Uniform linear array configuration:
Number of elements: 8
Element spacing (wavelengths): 0.75
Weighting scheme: binomial
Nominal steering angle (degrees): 0
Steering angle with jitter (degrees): -1.656
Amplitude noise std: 0.05
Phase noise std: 0.05

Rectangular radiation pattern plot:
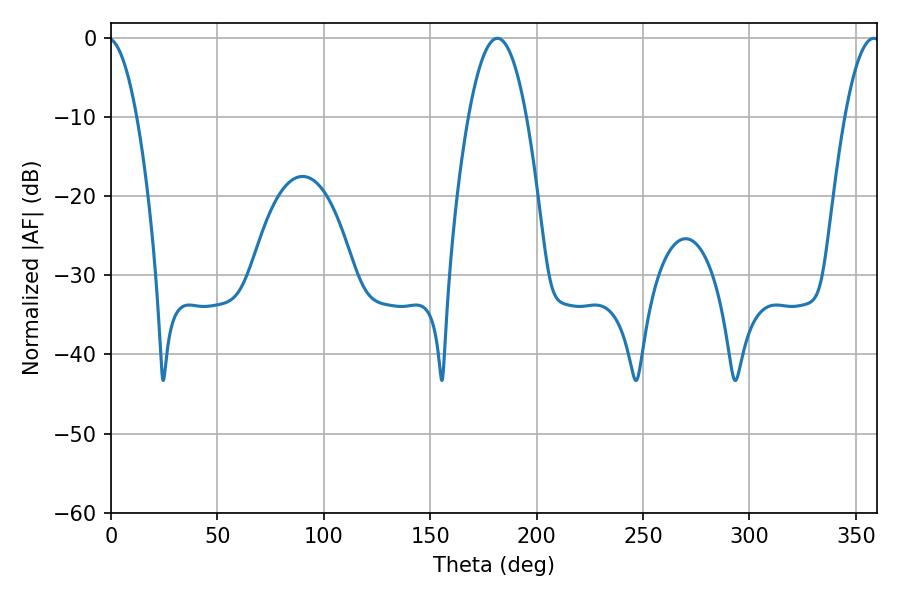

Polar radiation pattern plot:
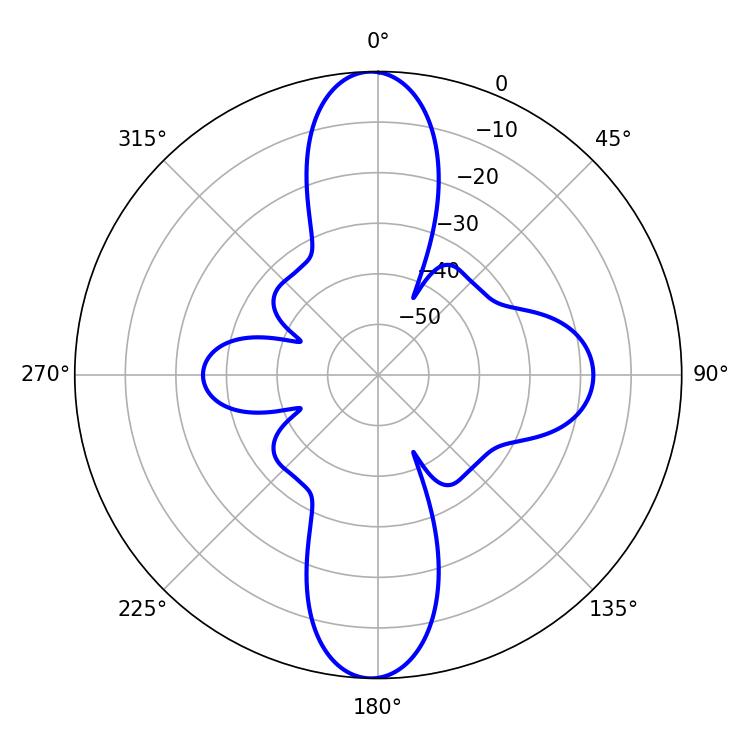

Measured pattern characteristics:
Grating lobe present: TRUE
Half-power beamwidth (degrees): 14.94
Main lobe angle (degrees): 181.62